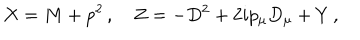
X = M + p ^ { 2 } \, , \quad Z = - D ^ { 2 } + 2 i p _ { \mu } D _ { \mu } + Y \, ,